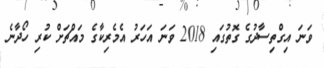
ވަނަ އިގްތިސާދުގެ ގޮތުގައި 2018 ވަނަ އަހަރު އެމެރިކާގެ މައްޗަށް ކުރި ހޯދާނެ